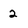
Character: 2